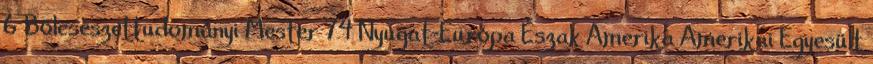
6 Bölcsészettudományi Mester 74 Nyugat-Európa Észak Amerika Amerikai Egyesült